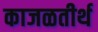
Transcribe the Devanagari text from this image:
काजळतीर्थ